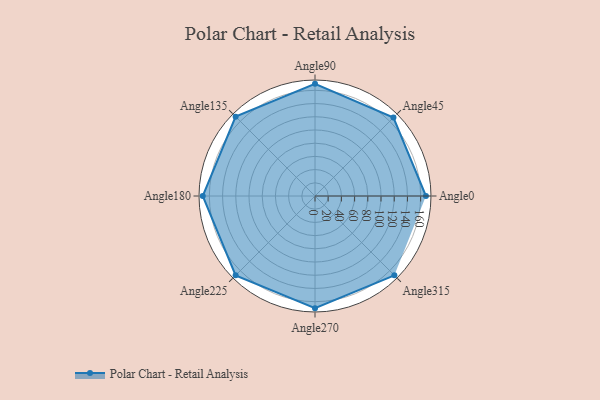
{"axis": {"x": "Angle", "y": "Radius"}, "legend": [""], "data": [{"x": "Angle0", "y": 168.0, "type": ""}, {"x": "Angle45", "y": 168.0, "type": ""}, {"x": "Angle90", "y": 170, "type": ""}, {"x": "Angle135", "y": 170, "type": ""}, {"x": "Angle180", "y": 170, "type": ""}, {"x": "Angle225", "y": 170, "type": ""}, {"x": "Angle270", "y": 170, "type": ""}, {"x": "Angle315", "y": 170, "type": ""}]}